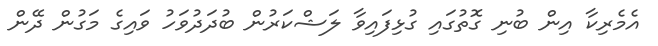
އެމެރިކާ އިން ބުނި ގޮތުގައި ގުޅިފައިވާ ލަޝްކަރުން ބުދަދުވަހު ވައިގެ މަގުން ދޭން